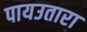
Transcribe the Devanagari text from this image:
पायउतारा